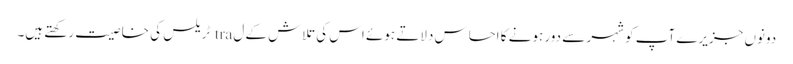
دونوں جزیرے آپ کو شہر سے دور ہونے کا احساس دلاتے ہوئے اس کی تلاش کے ل tra ٹریلس کی خاصیت رکھتے ہیں۔